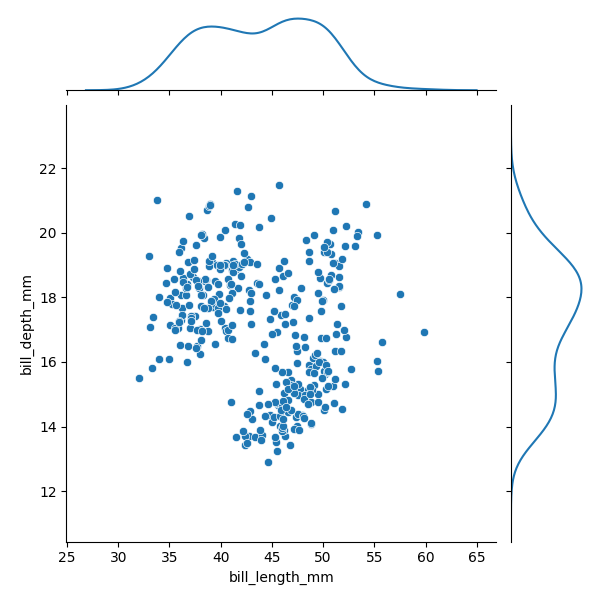
python, seaborn, JointGrid, scatterplot, kdeplot